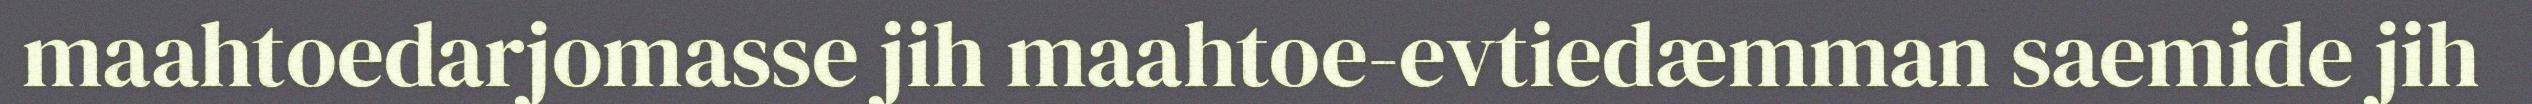
maahtoedarjomasse jih maahtoe-evtiedæmman saemide jih